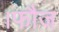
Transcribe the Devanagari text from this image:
।फौज